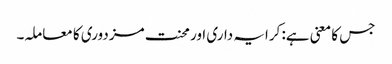
جس کا معنی ہے: کرایہ داری اور محنت مزدوری کا معاملہ۔